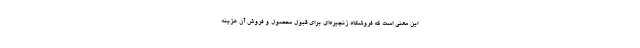
این معنی است که فروشگاه زنجیره‌ای برای قبول محصول و فروش آن هزینه